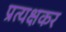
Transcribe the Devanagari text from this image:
प्रत्यक्षकर